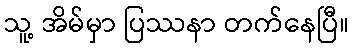
သူ့ အိမ်မှာ ပြဿနာ တက်နေပြီ။